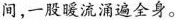
间，一股暖流涌遍全身。